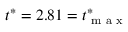
t ^ { * } = 2 . 8 1 = t _ { \textrm { m a x } } ^ { * }